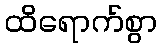
ထိရောက်စွာ